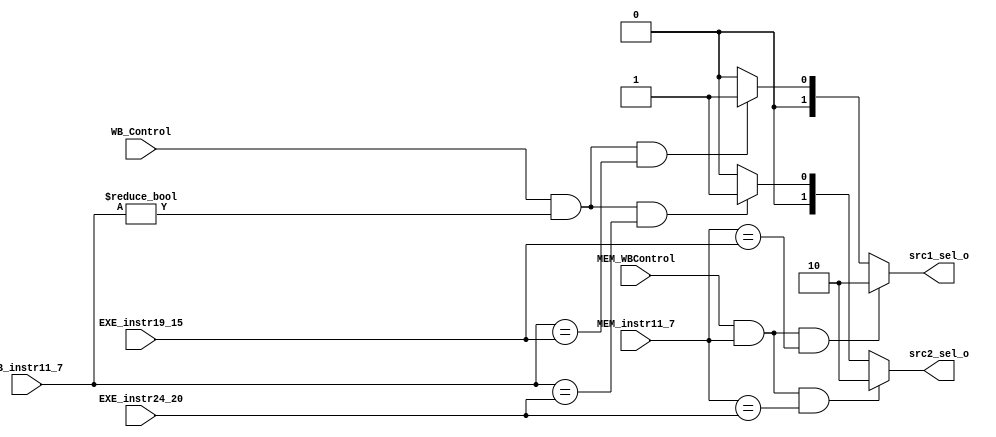
/***************************************************
Student Name: 
Student ID: group24_0816162_0812203
***************************************************/
module ForwardingUnit (EXE_instr19_15, EXE_instr24_20, MEM_instr11_7, MEM_WBControl, WB_instr11_7, WB_Control, src1_sel_o, src2_sel_o);

	input [5-1:0] EXE_instr19_15, EXE_instr24_20, MEM_instr11_7, WB_instr11_7;
	input MEM_WBControl, WB_Control;
	output wire [2-1:0] src1_sel_o, src2_sel_o;

	reg [2-1:0] src1_sel_output = 2'b00;
	reg [2-1:0] src2_sel_output = 2'b00;

	assign src1_sel_o = src1_sel_output;
	assign src2_sel_o = src2_sel_output;

	always @(*) begin
		// EX/MEM fowarding
		if(MEM_WBControl && MEM_instr11_7 && (MEM_instr11_7 == EXE_instr19_15)) // rs1 fowarding
			src1_sel_output = 2'b10;

		else if((WB_Control) && (WB_instr11_7 != 0) && (WB_instr11_7 == EXE_instr19_15)) // rs1 fowarding
			src1_sel_output = 2'b01;
		else
			src1_sel_output = 2'b00;
		
		if(MEM_WBControl && MEM_instr11_7 && (MEM_instr11_7 == EXE_instr24_20)) // rs2 fowarding
			src2_sel_output = 2'b10;

		else if((WB_Control) && (WB_instr11_7 != 0) && (WB_instr11_7 == EXE_instr24_20)) // rs2 fowarding
			src2_sel_output = 2'b01;

		else
			src2_sel_output = 2'b00;

		// MEM/WB fowarding


	end
endmodule